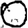
Digit: 0